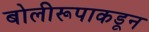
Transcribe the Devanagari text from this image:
बोलीरूपाकडून